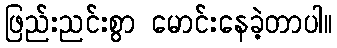
ဖြည်းညင်းစွာ မောင်းနေခဲ့တာပါ။